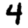
Digit: 4